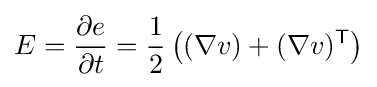
E={\frac {\partial e}{\partial t}}={\frac {1}{2}}\left((\nabla v)+(\nabla v)^{\textsf {T}}\right)